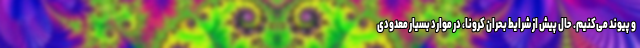
و پیوند می‌کنیم. حال پیش از شرایط بحران کرونا، در موارد بسیار معدودی